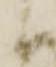
御